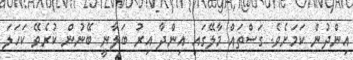
އިންދުން ކަމަށެވެ. ގަސްތައް މާލޭގައި އިންދާ އިރު ބަލާނީ ބޭނުން ކުރެވޭ ކަހަލަ